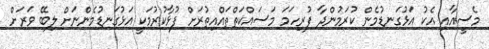
މެސީއާއި އެކު އަޅުގަނޑުމެން ކުރަމުންދާ ފުރިހަމަ މަސައްކަތްތައްއިތުރަށް ފުޅާކުރުމަކީ އަޅުގަނޑުމެންނަށް ލިބޭ ވަރަށް